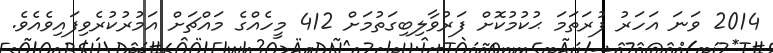
2014 ވަނަ އަހަރު ފުރަތަމަ ޙުކުމުކޮށް ފަރުވާލިބިގަތުމަށް 412 މީހެއްގެ މައްޗަށް އަމުރުކުރެވިފައިވެއެވެ.